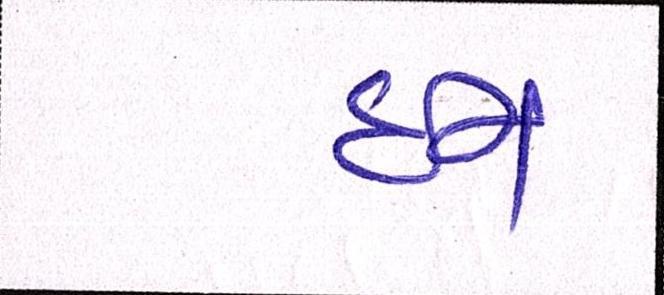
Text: ઇન